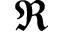
\Re